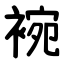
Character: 䘼